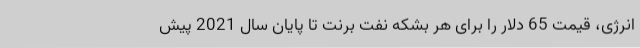
انرژی، قیمت 65 دلار را برای هر بشکه نفت برنت تا پایان سال 2021 پیش